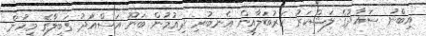
އިބްނު ސައާދުގެ ލަޝްކަރު ކަރުބަލާއިން އެނބުރި ދިއުމުން ބަނޫ އަސްއަދު ގަބީލާގެ މީހުން